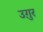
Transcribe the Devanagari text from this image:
उग़ुर